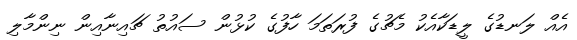
އެއް ލަނޑުގެ ލީޑަކާއެކު މެޗުގެ ފުރަތަމަ ހާފުގެ ކުޅުން ސައުތު ޗައިނާއިން ނިންމާލި